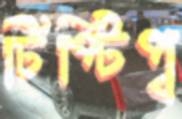
টিপ্‌টিপ্‌ব